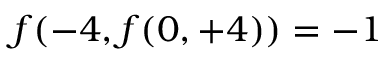
f ( - 4 , f ( 0 , + 4 ) ) = - 1